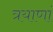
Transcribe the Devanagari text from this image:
त्रयाणां